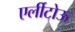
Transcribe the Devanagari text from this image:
एर्लीटोऊ